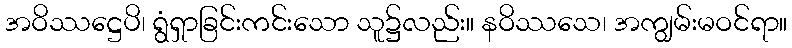
အဝိဿဋ္ဌေပိ၊ ရွံရှာခြင်းကင်းသော သူ၌လည်း။ နဝိဿသေ၊ အကျွမ်းမဝင်ရာ။